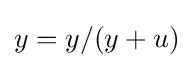
y=y/(y+u)